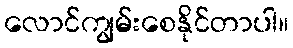
လောင်ကျွမ်းစေနိုင်တာပါ။